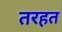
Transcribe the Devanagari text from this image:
तरहत